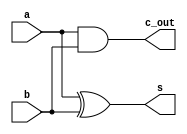
module HalfAdder (
    a,
    b,
    s,
    c_out
);

    input a;
    input b;
    output s;
    output c_out;

    assign s = a ^ b;
    assign c_out = a & b;

endmodule // HalfAdder